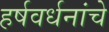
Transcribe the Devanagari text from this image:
हर्षवर्धनांचे